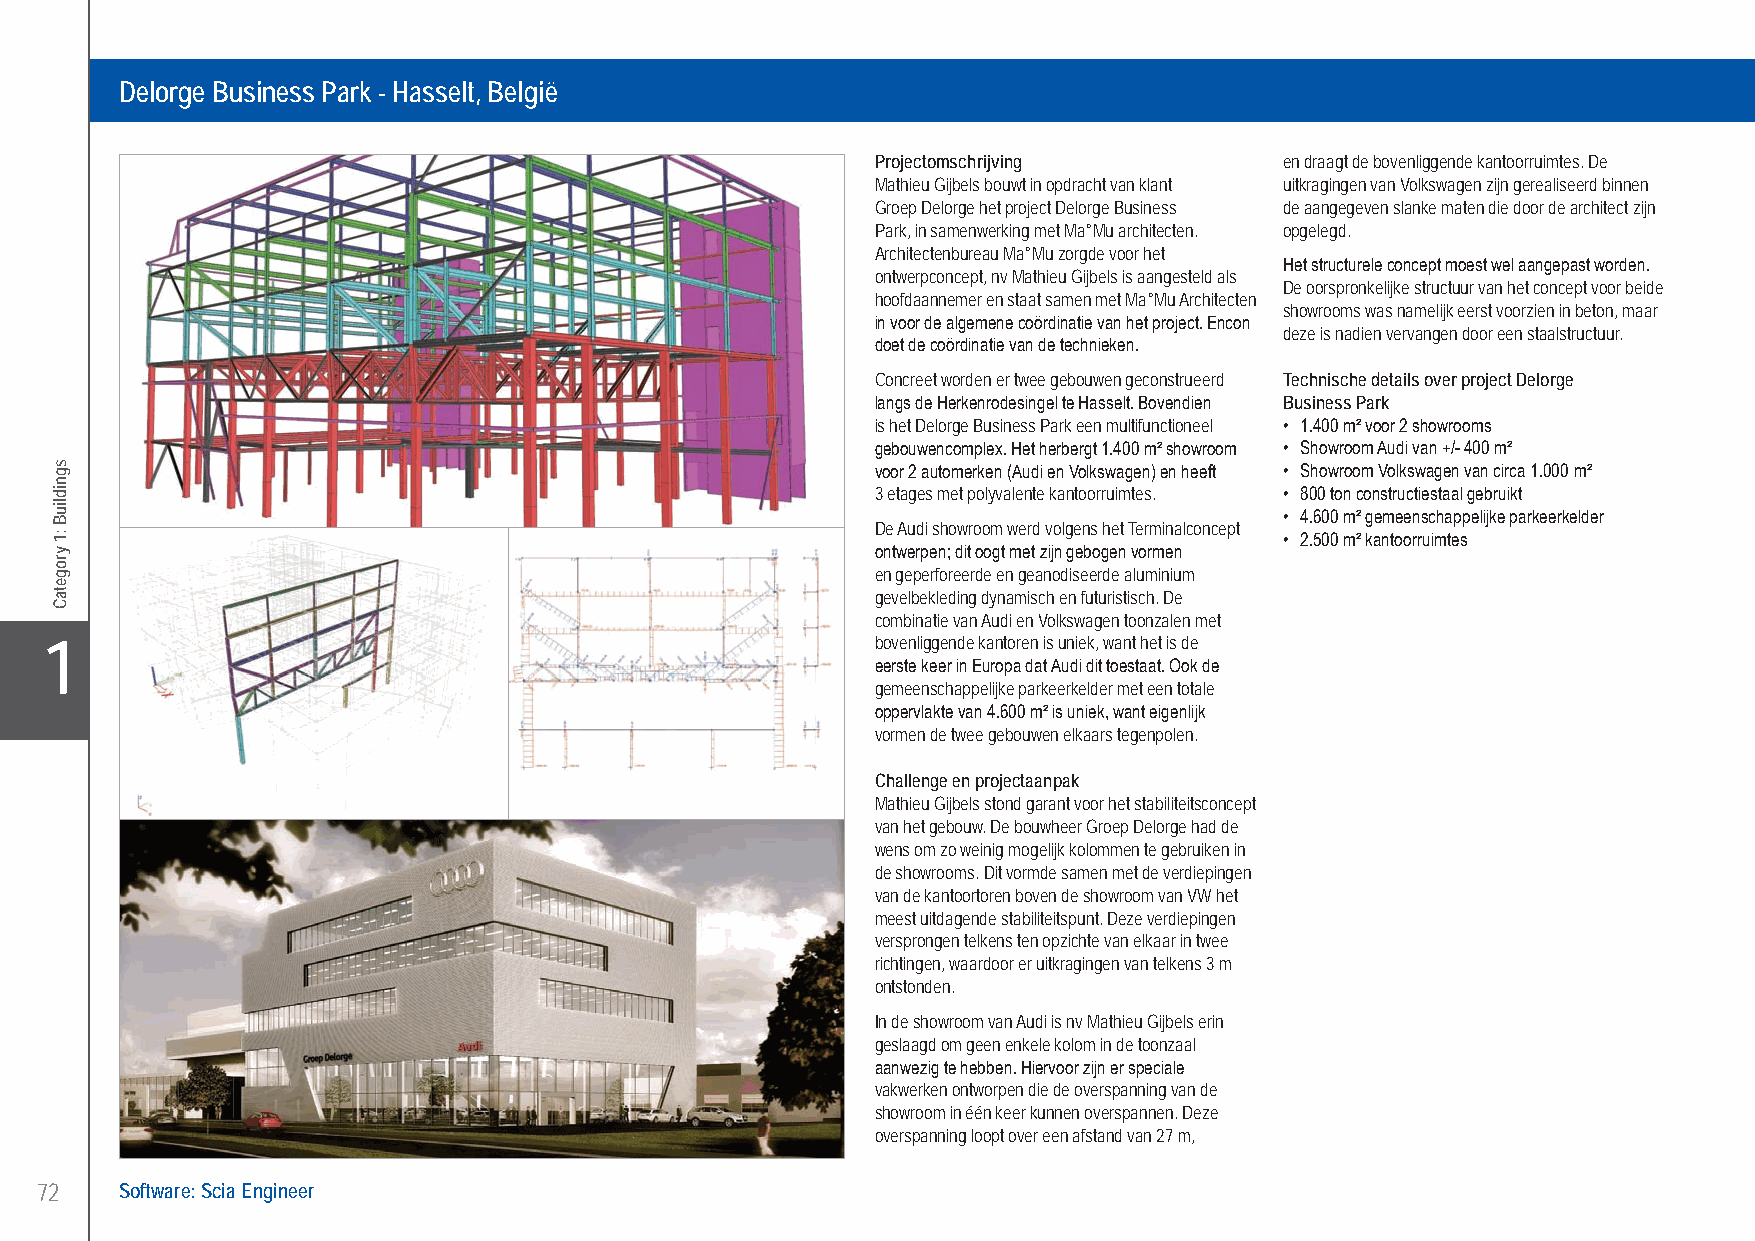
Mathieu Gijbels ................Delorge Business Park - Hasselt, Belgium
 Delorge Business Park - Hasselt, België
 Projectomschrijving        en draagt de bovenliggende kantoorruimtes. De
 Mathieu Gijbels bouwt in opdracht van klant uitkragingen van Volkswagen zijn gerealiseerd binnen
 Groep Delorge het project Delorge Business de aangegeven slanke maten die door de architect zijn
 Park, in samenwerking met Ma°Mu architecten. opgelegd.
 Architectenbureau Ma°Mu zorgde voor het
 Het structurele concept moest wel aangepast worden.
 ontwerpconcept, nv Mathieu Gijbels is aangesteld als
 De oorspronkelijke structuur van het concept voor beide
 hoofdaannemer en staat samen met Ma°Mu Architecten
 showrooms was namelijk eerst voorzien in beton, maar
 in voor de algemene coördinatie van het project. Encon
 deze is nadien vervangen door een staalstructuur.
 doet de coördinatie van de technieken.
 Concreet worden er twee gebouwen geconstrueerd Technische details over project Delorge
 langs de Herkenrodesingel te Hasselt. Bovendien Business Park
 is het Delorge Business Park een multifunctioneel • 1.400 m² voor 2 showrooms
 gebouwencomplex. Het herbergt 1.400 m² showroom • Showroom Audi van +/- 400 m²
 voor 2 automerken (Audi en Volkswagen) en heeft • Showroom Volkswagen van circa 1.000 m²
 3 etages met polyvalente kantoorruimtes. • 800 ton constructiestaal gebruikt
 • 4.600 m² gemeenschappelijke parkeerkelder
 De Audi showroom werd volgens het Terminalconcept
 • 2.500 m² kantoorruimtes
 ontwerpen; dit oogt met zijn gebogen vormen
 en geperforeerde en geanodiseerde aluminium
 gevelbekleding dynamisch en futuristisch. De
 combinatie van Audi en Volkswagen toonzalen met
 X1                                                     bovenliggende kantoren is uniek, want het is de
 eerste keer in Europa dat Audi dit toestaat. Ook de
 gemeenschappelijke parkeerkelder met een totale
 oppervlakte van 4.600 m² is uniek, want eigenlijk
 vormen de twee gebouwen elkaars tegenpolen.
 Challenge en projectaanpak
 Mathieu Gijbels stond garant voor het stabiliteitsconcept
 van het gebouw. De bouwheer Groep Delorge had de
 wens om zo weinig mogelijk kolommen te gebruiken in
 de showrooms. Dit vormde samen met de verdiepingen
 van de kantoortoren boven de showroom van VW het
 meest uitdagende stabiliteitspunt. Deze verdiepingen
 versprongen telkens ten opzichte van elkaar in twee
 richtingen, waardoor er uitkragingen van telkens 3 m
 ontstonden.
 In de showroom van Audi is nv Mathieu Gijbels erin
 geslaagd om geen enkele kolom in de toonzaal
 aanwezig te hebben. Hiervoor zijn er speciale
 vakwerken ontworpen die de overspanning van de
 showroom in één keer kunnen overspannen. Deze
 overspanning loopt over een afstand van 27 m,
 72    Software: Scia Engineer
 UC-2013-Book-V8.indd 72                                                                                   7/11/2013 12:21:49 PM
 sgnidliuB
 :1
 yrogetaC